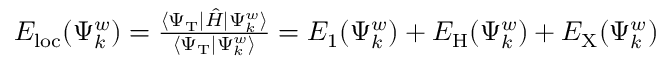
\begin{array} { r } { E _ { \mathrm { { l o c } } } ( \Psi _ { k } ^ { w } ) = \frac { \langle \Psi _ { \mathrm { T } } | \hat { H } | \Psi _ { k } ^ { w } \rangle } { \langle \Psi _ { \mathrm { T } } | \Psi _ { k } ^ { w } \rangle } = E _ { 1 } ( \Psi _ { k } ^ { w } ) + E _ { \mathrm { H } } ( \Psi _ { k } ^ { w } ) + E _ { \mathrm { X } } ( \Psi _ { k } ^ { w } ) } \end{array}